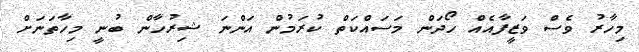
މިހާރު ވެސް ވަޒީފާއެއް ހޯދަން މަސައްކަތް ކުރަމުން އަންނަ ޝިރުހާން ބުނީ މިހާތަނަށް